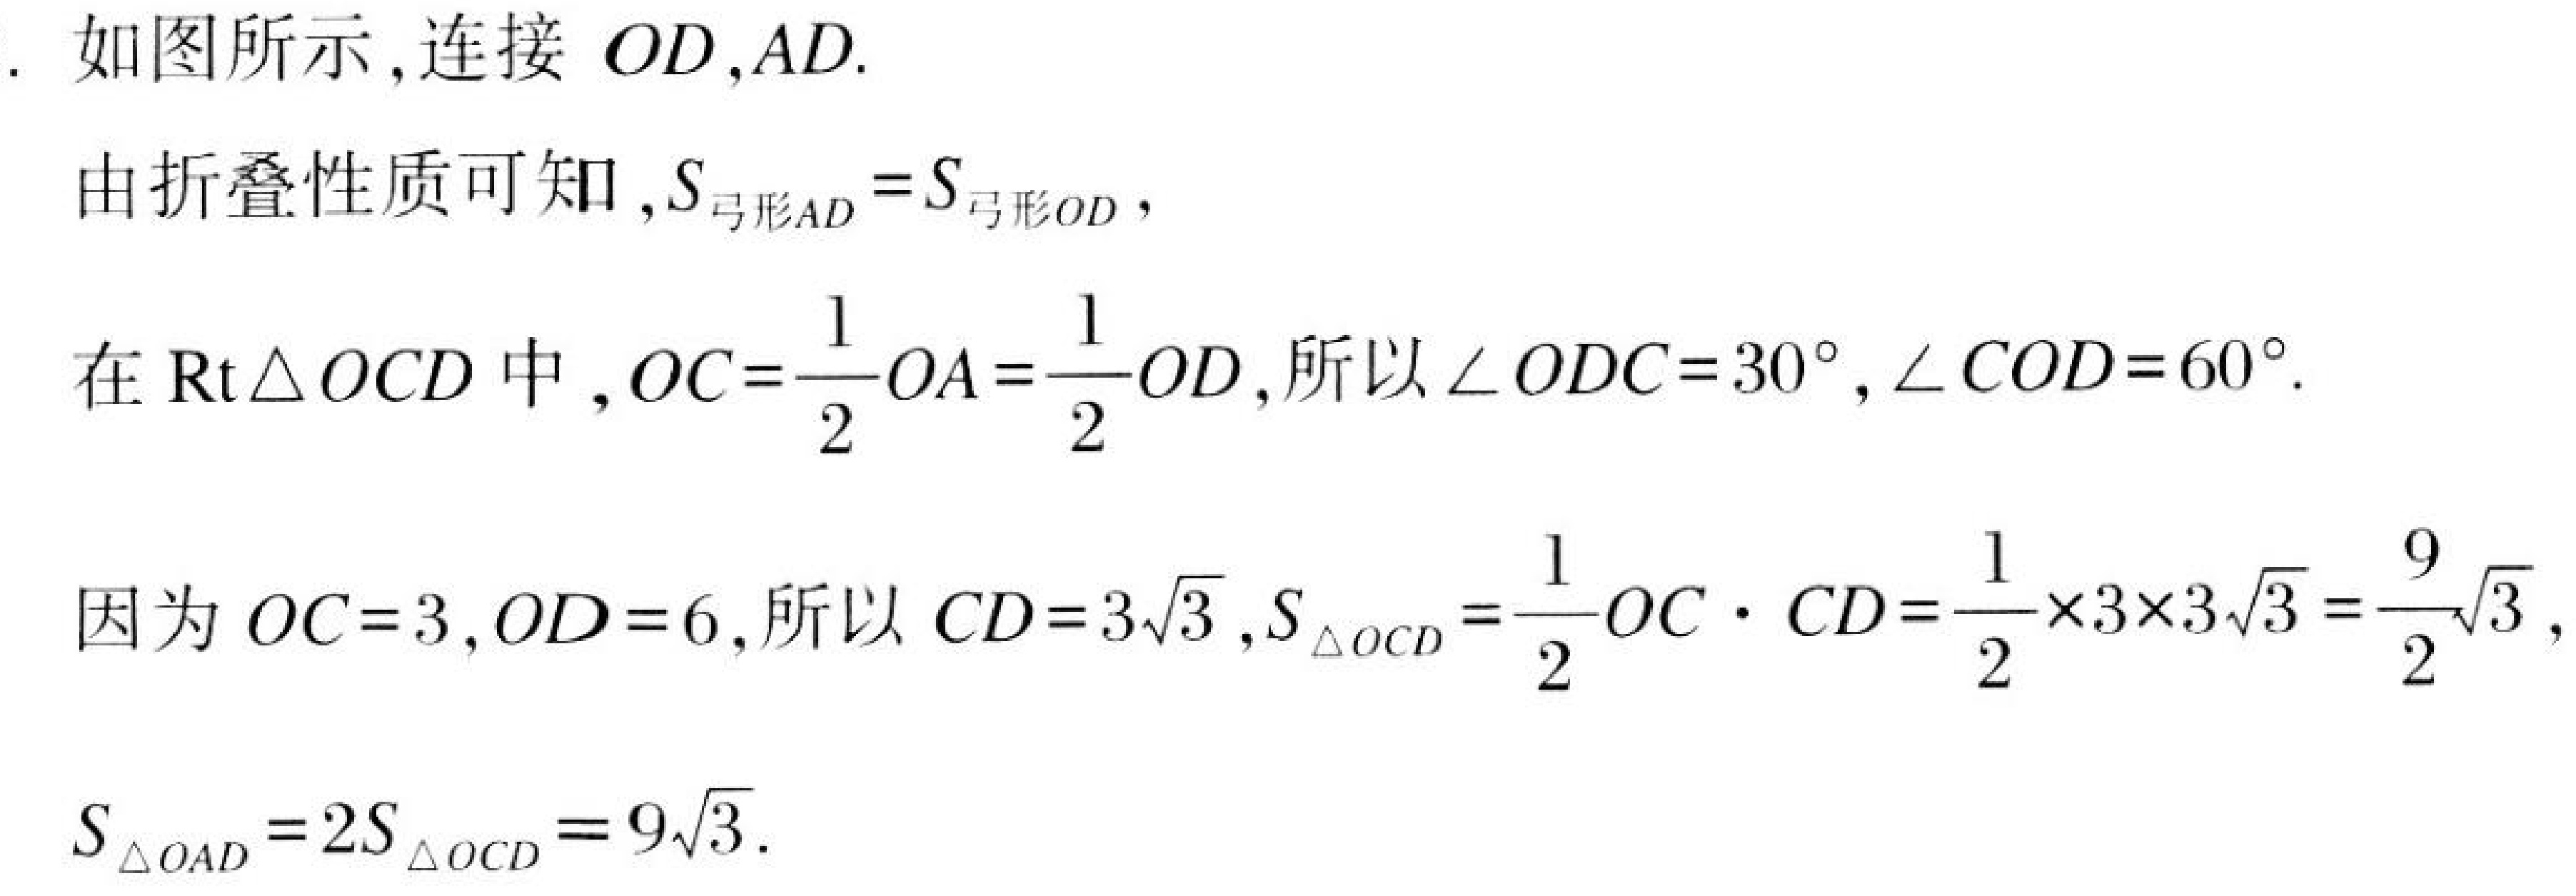
. 如图所示,连接 \(OD,AD\).
由折叠性质可知,\(S_{弓形AD}=S_{弓形OD}\),
在\(\text{Rt}\triangle OCD\)中,\(OC = \frac{1}{2}OA=\frac{1}{2}OD\),所以\(\angle ODC = 30^{\circ},\angle COD = 60^{\circ}\).
因为\(OC = 3,OD = 6\),所以\(CD = 3\sqrt{3},S_{\triangle OCD}=\frac{1}{2}OC\cdot CD=\frac{1}{2}\times3\times3\sqrt{3}=\frac{9}{2}\sqrt{3}\),
\(S_{\triangle OAD}=2S_{\triangle OCD}=9\sqrt{3}\).